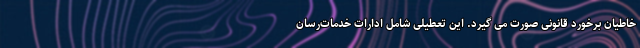
خاطیان برخورد قانونی صورت می گیرد. این تعطیلی شامل ادارات خدمات‌رسان